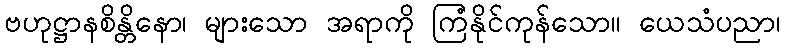
ဗဟုဋ္ဌာနစိန္တိနော၊ များသော အရာကို ကြံနိုင်ကုန်သော။ ယေသံပညာ၊